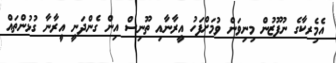
އެމެިރކާގެ ނުފޫޒުން މިނިވަން ވުމަށްފަހު އީރާނާއި ތޫނިސް އިން ގެންދަނީ އީރާނާ ގުޅުންތައް